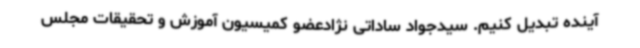
آینده تبدیل کنیم. سیدجواد ساداتی نژادعضو کمیسیون آموزش و تحقیقات مجلس